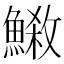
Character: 𩺕